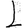
Digit: 1